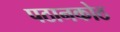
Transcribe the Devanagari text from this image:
पठानकोठ